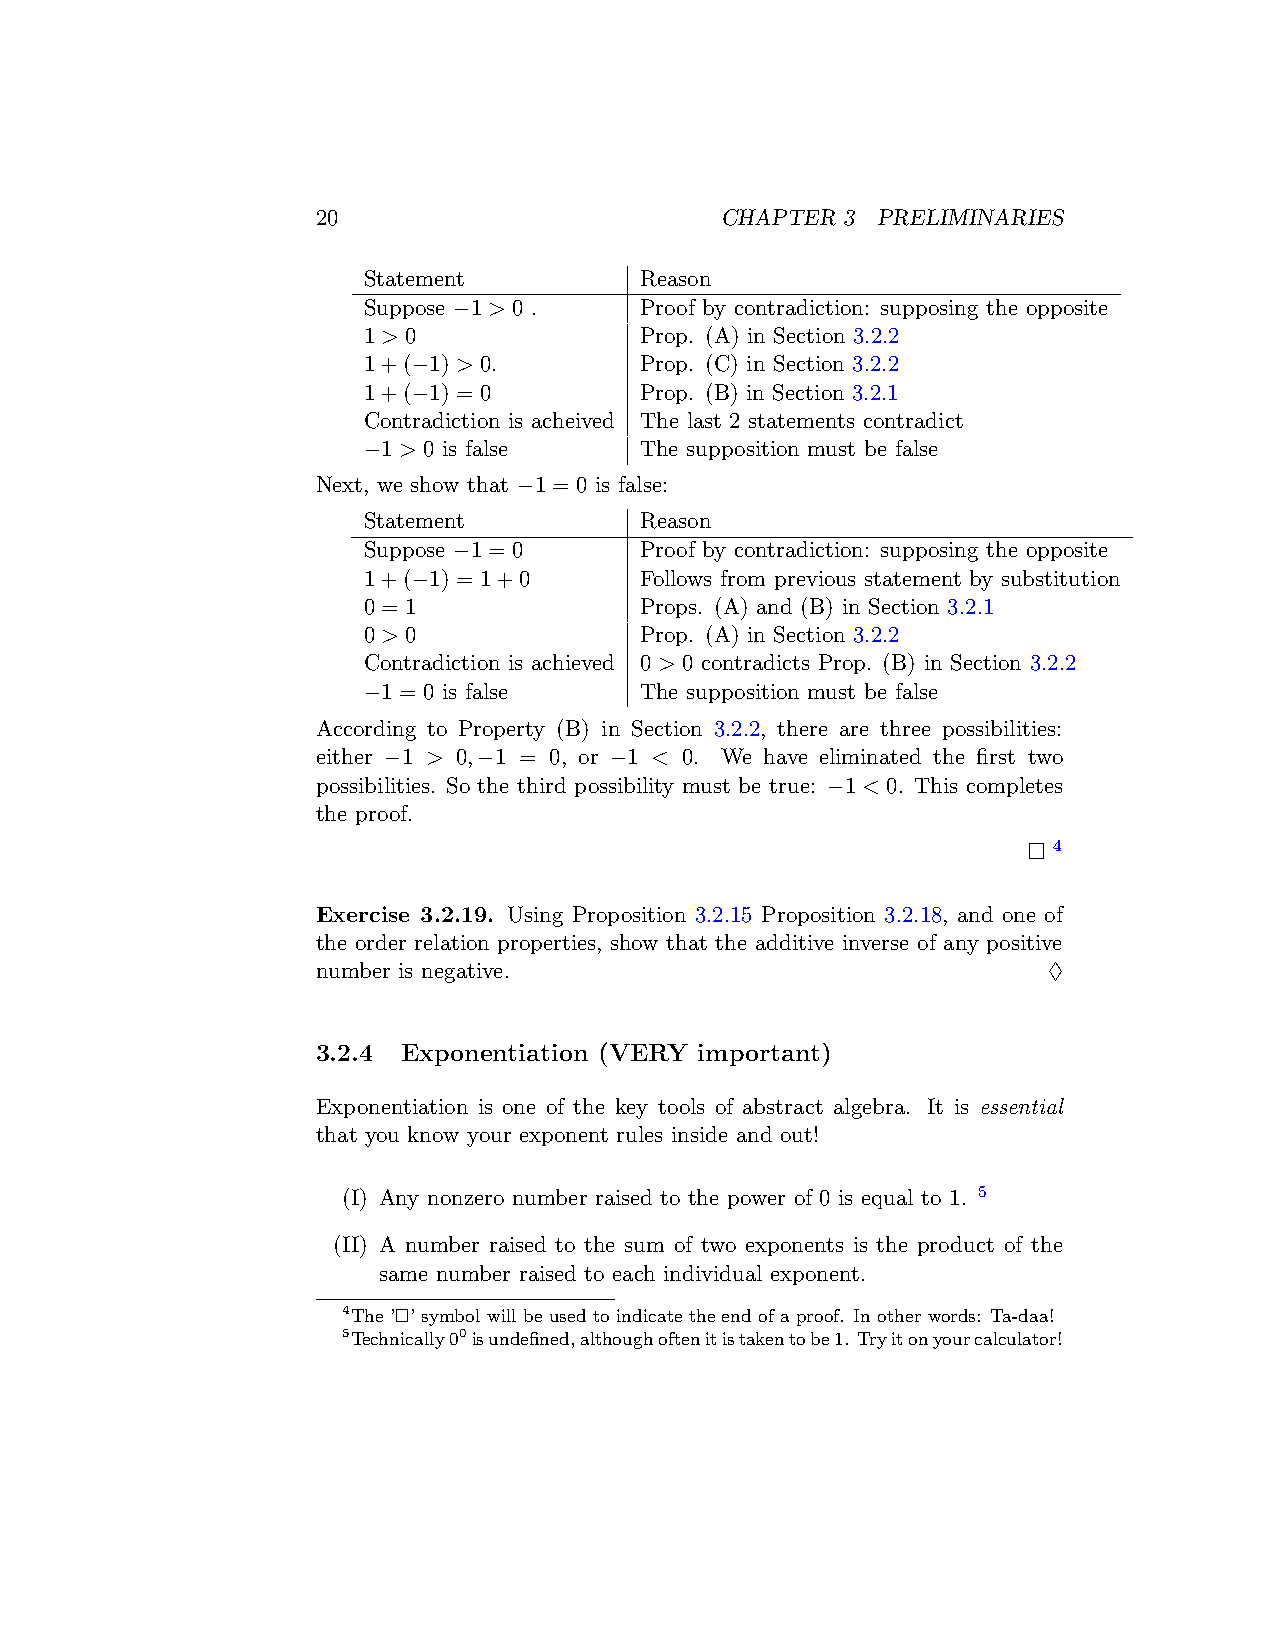
20                         CHAPTER 3 PRELIMINARIES
 Statement         Reason
 Suppose −1 > 0 .  Proof by contradiction: supposing the opposite
 1 > 0             Prop. (A) in Section 3.2.2
 1+(−1) > 0.       Prop. (C) in Section 3.2.2
 1+(−1) = 0        Prop. (B) in Section 3.2.1
 Contradiction is acheived The last 2 statements contradict
 −1 > 0 is false   The supposition must be false
 Next, we show that −1 = 0 is false:
 Statement         Reason
 Suppose −1 = 0    Proof by contradiction: supposing the opposite
 1+(−1) = 1+0      Follows from previous statement by substitution
 0 = 1             Props. (A) and (B) in Section 3.2.1
 0 > 0             Prop. (A) in Section 3.2.2
 Contradiction is achieved 0 > 0 contradicts Prop. (B) in Section 3.2.2
 −1 = 0 is false   The supposition must be false
 According to Property (B) in Section 3.2.2, there are three possibilities:
 either −1 > 0,−1 = 0, or −1 < 0. We have eliminated the first two
 possibilities. So the third possibility must be true: −1 < 0. This completes
 the proof.
 □ 4
 Exercise 3.2.19. Using Proposition 3.2.15 Proposition 3.2.18, and one of
 the order relation properties, show that the additive inverse of any positive
 number is negative.                             ♢
 3.2.4 Exponentiation (VERY important)
 Exponentiation is one of the key tools of abstract algebra. It is essential
 that you know your exponent rules inside and out!
 (I) Any nonzero number raised to the power of 0 is equal to 1. 5
 (II) A number raised to the sum of two exponents is the product of the
 same number raised to each individual exponent.
 4The ’□’ symbol will be used to indicate the end of a proof. In other words: Ta-daa!
 5Technically00isundefined,althoughoftenitistakentobe1. Tryitonyourcalculator!